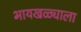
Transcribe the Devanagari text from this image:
भायखळ्याला